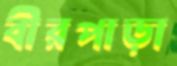
বীরপাড়া